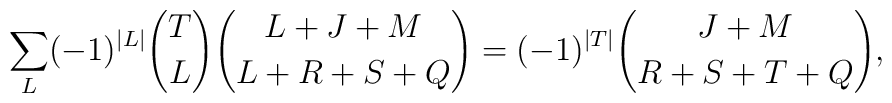
\sum_L(-1)^{\vert L \vert}{T \choose L}{{L+J+M} \choose{L+R+S+Q}}=(-1)^{\vert T \vert}{{J+M}\choose {R+S+T+Q}},